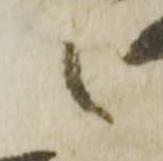
候